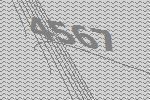
4567